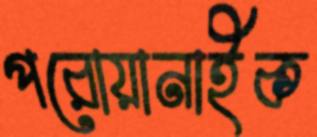
পরোয়ানাইক